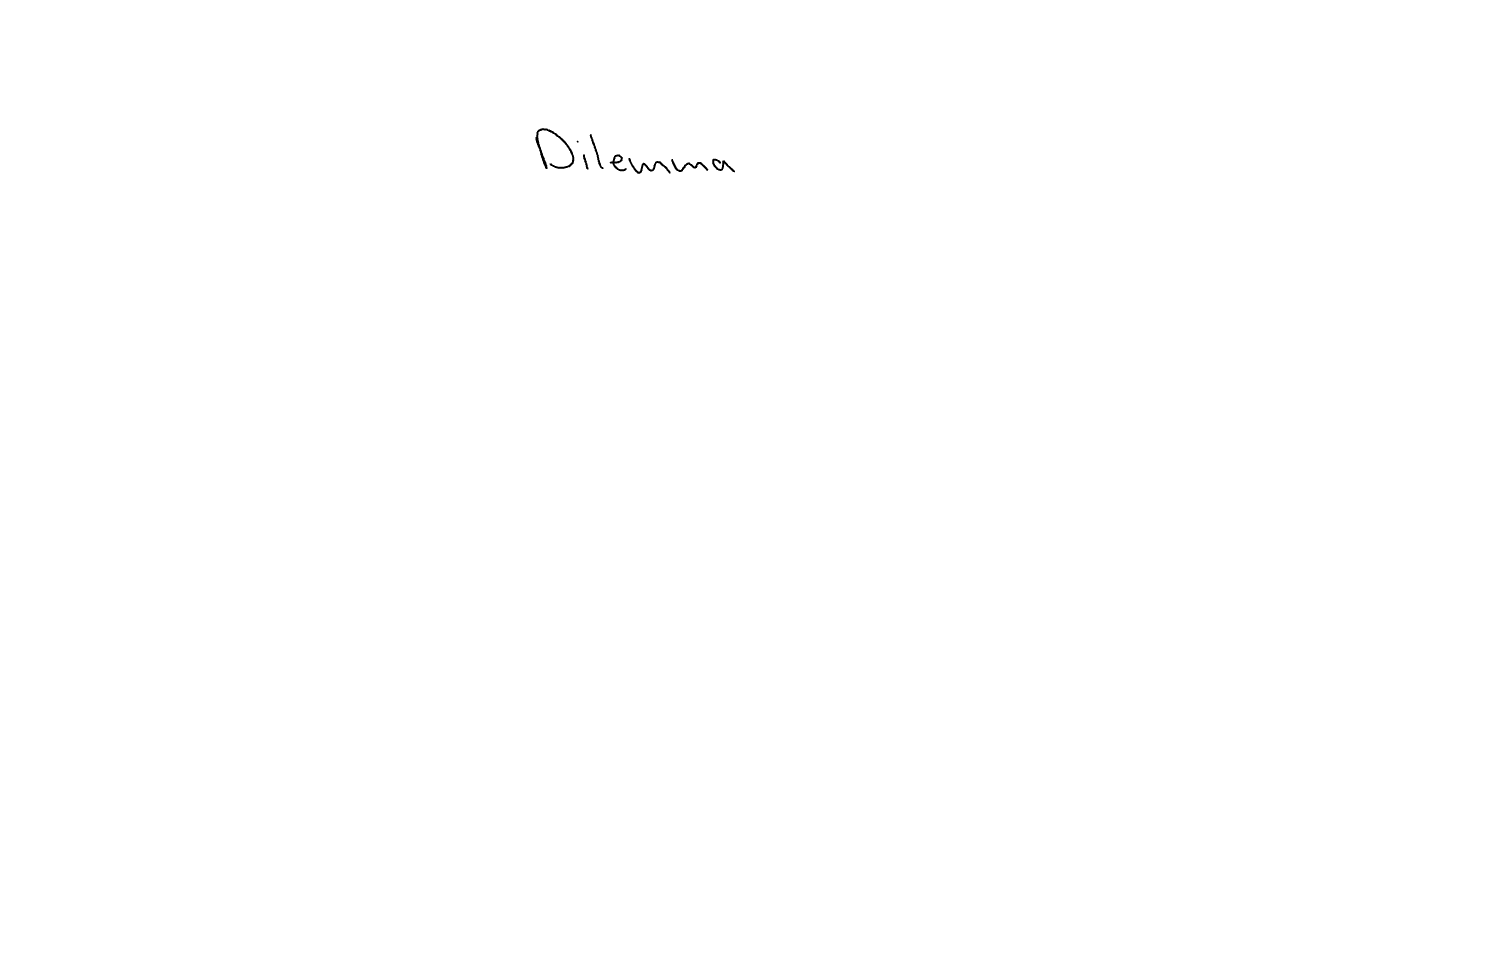
Text: Dilemma